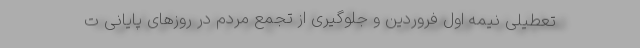
تعطیلی نیمه اول فروردین و جلوگیری از تجمع مردم در روزهای پایانی ت